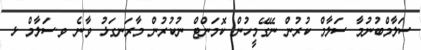
ސަލާމްބުނުމާ ސަލާމް ކުރުން ނޭގޭމީހުން ކޮމަންޓް ނުކުރުން މާރަނގަޅު ވާނެ ވ.ސަލާމް ޅ